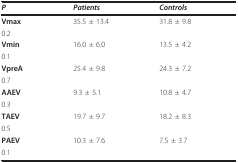
<table><thead><tr><td><b><i>P</i></b></td><td><b><i>Patients</i></b></td><td><b><i>Controls</i></b></td></tr></thead><tbody><tr><td><b>Vmax</b></td><td>35.5 ± 13.4</td><td>31.8 ± 9.8</td></tr><tr><td>0.2</td><td></td><td></td></tr><tr><td><b>Vmin</b></td><td>16.0 ± 6.0</td><td>13.5 ± 4.2</td></tr><tr><td>0.1</td><td></td><td></td></tr><tr><td><b>VpreA</b></td><td>25.4 ± 9.8</td><td>24.3 ± 7.2</td></tr><tr><td>0.7</td><td></td><td></td></tr><tr><td><b>AAEV</b></td><td>9.3 ± 5.1</td><td>10.8 ± 4.7</td></tr><tr><td>0.3</td><td></td><td></td></tr><tr><td><b>TAEV</b></td><td>19.7 ± 9.7</td><td>18.2 ± 8.3</td></tr><tr><td>0.5</td><td></td><td></td></tr><tr><td><b>PAEV</b></td><td>10.3 ± 7.6</td><td>7.5 ± 3.7</td></tr><tr><td>0.1</td><td></td><td></td></tr></tbody></table>